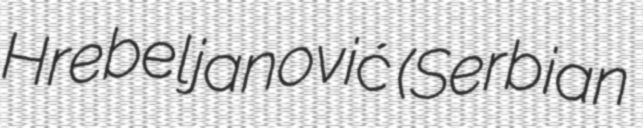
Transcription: Hrebeljanović (Serbian